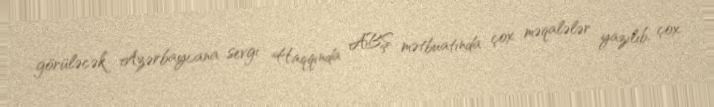
görüləcək Azərbaycana sevgi Haqqında ABŞ mətbuatında çox məqalələr yazılıb, çox